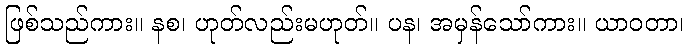
ဖြစ်သည်ကား။ နစ၊ ဟုတ်လည်းမဟုတ်။ ပန၊ အမှန်သော်ကား။ ယာဝတာ၊